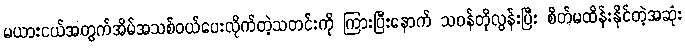
မယားငယ်အတွက်အိမ်အသစ်ဝယ်ပေးလိုက်တဲ့သတင်းကို ကြားပြီးနောက် သဝန်တိုလွန်းပြီး စိတ်မထိန်းနိုင်တဲ့အဆုံး